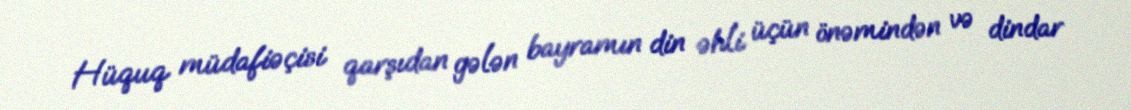
Hüquq müdafiəçisi qarşıdan gələn bayramın din əhli üçün önəmindən və dindar